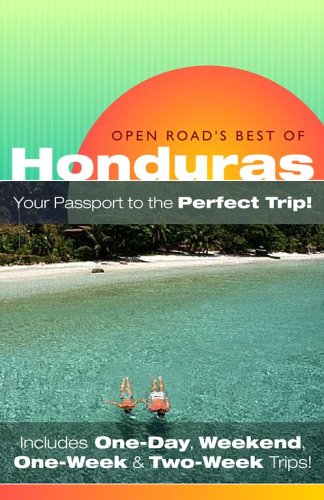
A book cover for Open Road's Best of Honduras, 1st Edition (Open Road's Honduras); Charlie Morris; Travel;